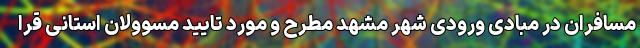
مسافران در مبادی ورودی شهر مشهد مطرح و مورد تایید مسوولان استانی قرا